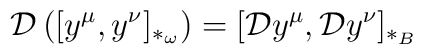
{\cal D} \left( [y^{\mu}, y^{\nu}]_{\ast_{\omega}} \right)= [{\cal D} y^{\mu} , {\cal D} y^{\nu}]_{\ast_B }